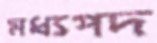
মধ্যপদ